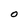
Character: O